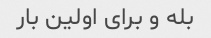
بله و برای اولین بار